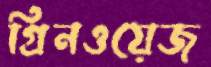
গ্রিনওয়েজ